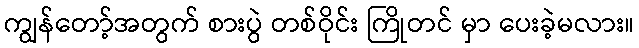
ကျွန်တော့်အတွက် စားပွဲ တစ်ဝိုင်း ကြိုတင် မှာ ပေးခဲ့မလား။